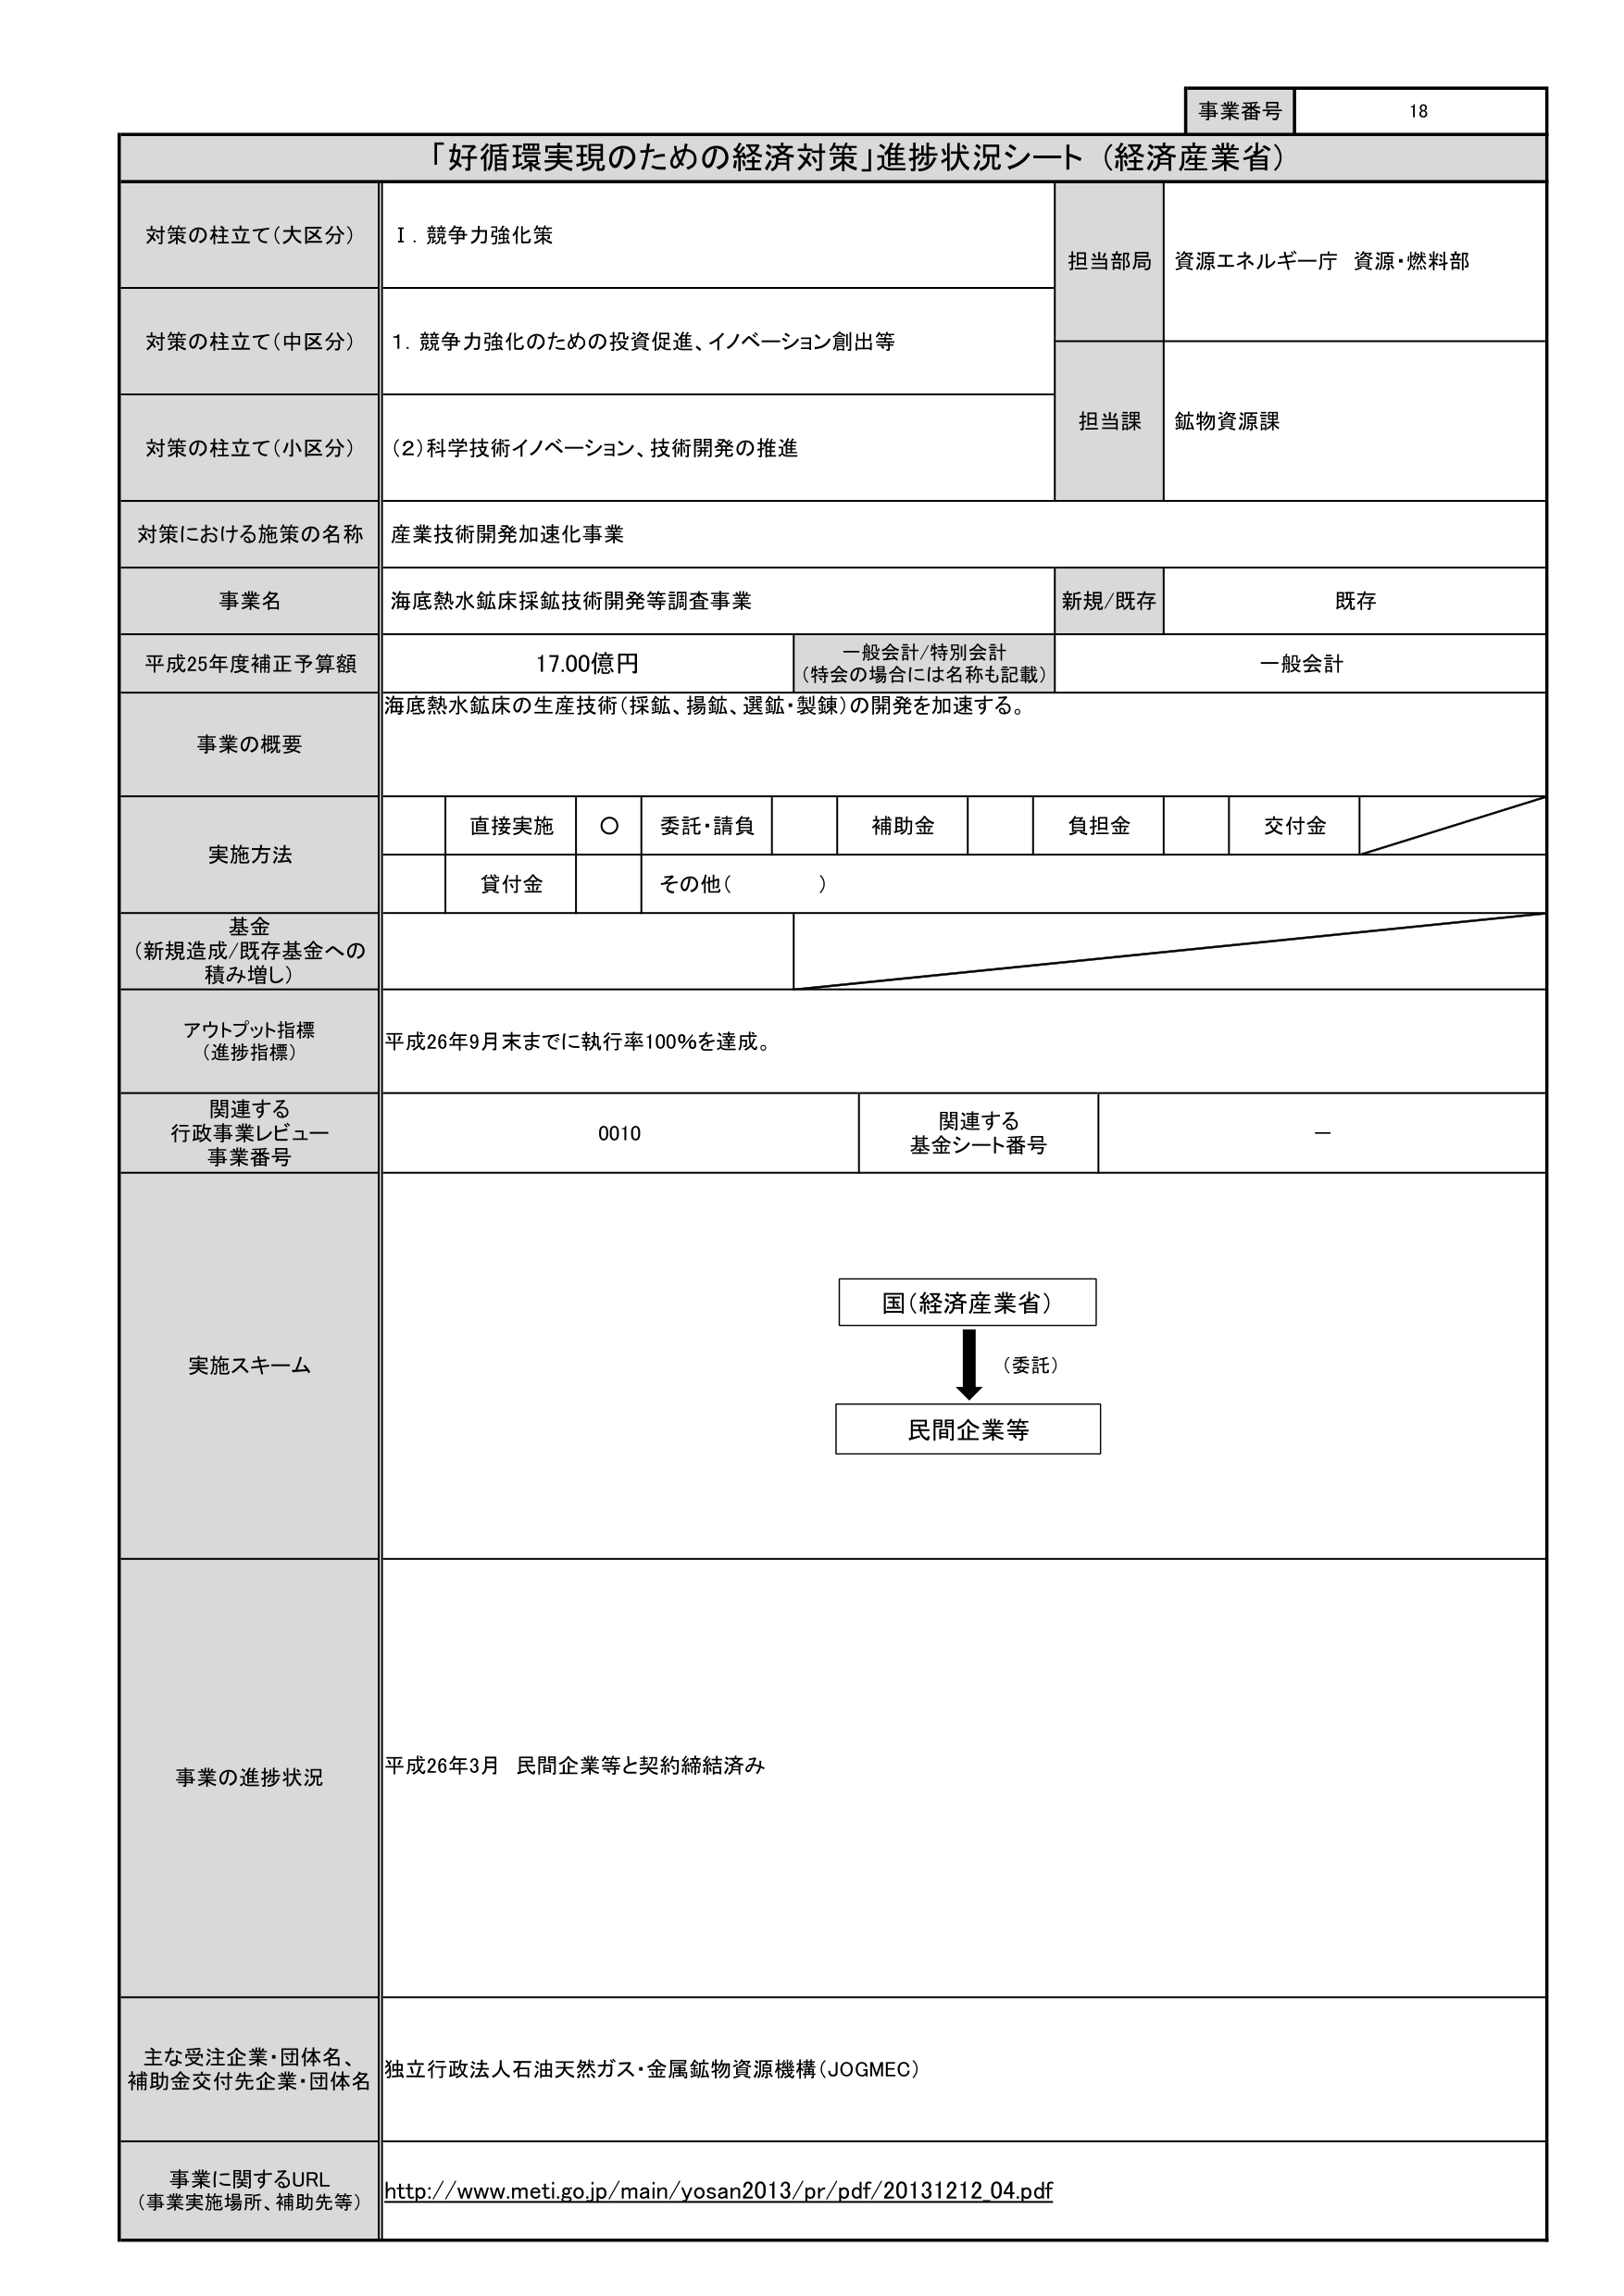
事業番号 18
「好循環実現のための経済対策」進捗状況シート（経済産業省）
対策の柱立て（大区分） I．競争力強化策
担当部局 資源エネルギー庁 資源・燃料部
対策の柱立て（中区分） 1．競争力強化のための投資促進、イノベーション創出等
対策の柱立て（小区分） （2）科学技術イノベーション、技術開発の推進
担当課 鉱物資源課
対策における施策の名称 産業技術開発加速化事業
事業名 海底熱水鉱床採鉱技術開発等調査事業 新規/既存 既存
平成25年度補正予算額 17.00億円 一般会計/特別会計 （特会の場合には名称も記載） 一般会計
事業の概要 海底熱水鉱床の生産技術（採鉱、揚鉱、選鉱・製錬）の開発を加速する。
実施方法 直接実施 ○ 委託・請負 補助金 負担金 交付金
貸付金 その他（ ）
基金 （新規造成/既存基金への積み増し）
アウトプット指標 （進捗指標） 平成26年9月末までに執行率100％を達成。
関連する 行政事業レビュー 事業番号 0010 関連する 基金シート番号 －
実施スキーム 国（経済産業省） （委託） 民間企業等
事業の進捗状況 平成26年3月 民間企業等と契約締結済み
主な受注企業・団体名、 補助金交付先企業・団体名 独立行政法人石油天然ガス・金属鉱物資源機構（JOGMEC）
事業に関するURL （事業実施場所、補助先等） http://www.meti.go.jp/main/yosan2013/pr/pdf/20131212_04.pdf